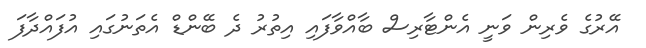
އޭރުގެ ވެރިން ވަނީ އެންޓާރިސް ބާއްވާފައި އިތުރު ދެ ބޭންޑް އެތަނުގައި އުފައްދާފަ